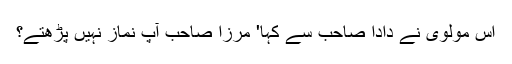
اس مولوی نے دادا صاحب سے کہا' مرزا صاحب آپ نماز نہیں پڑھتے؟